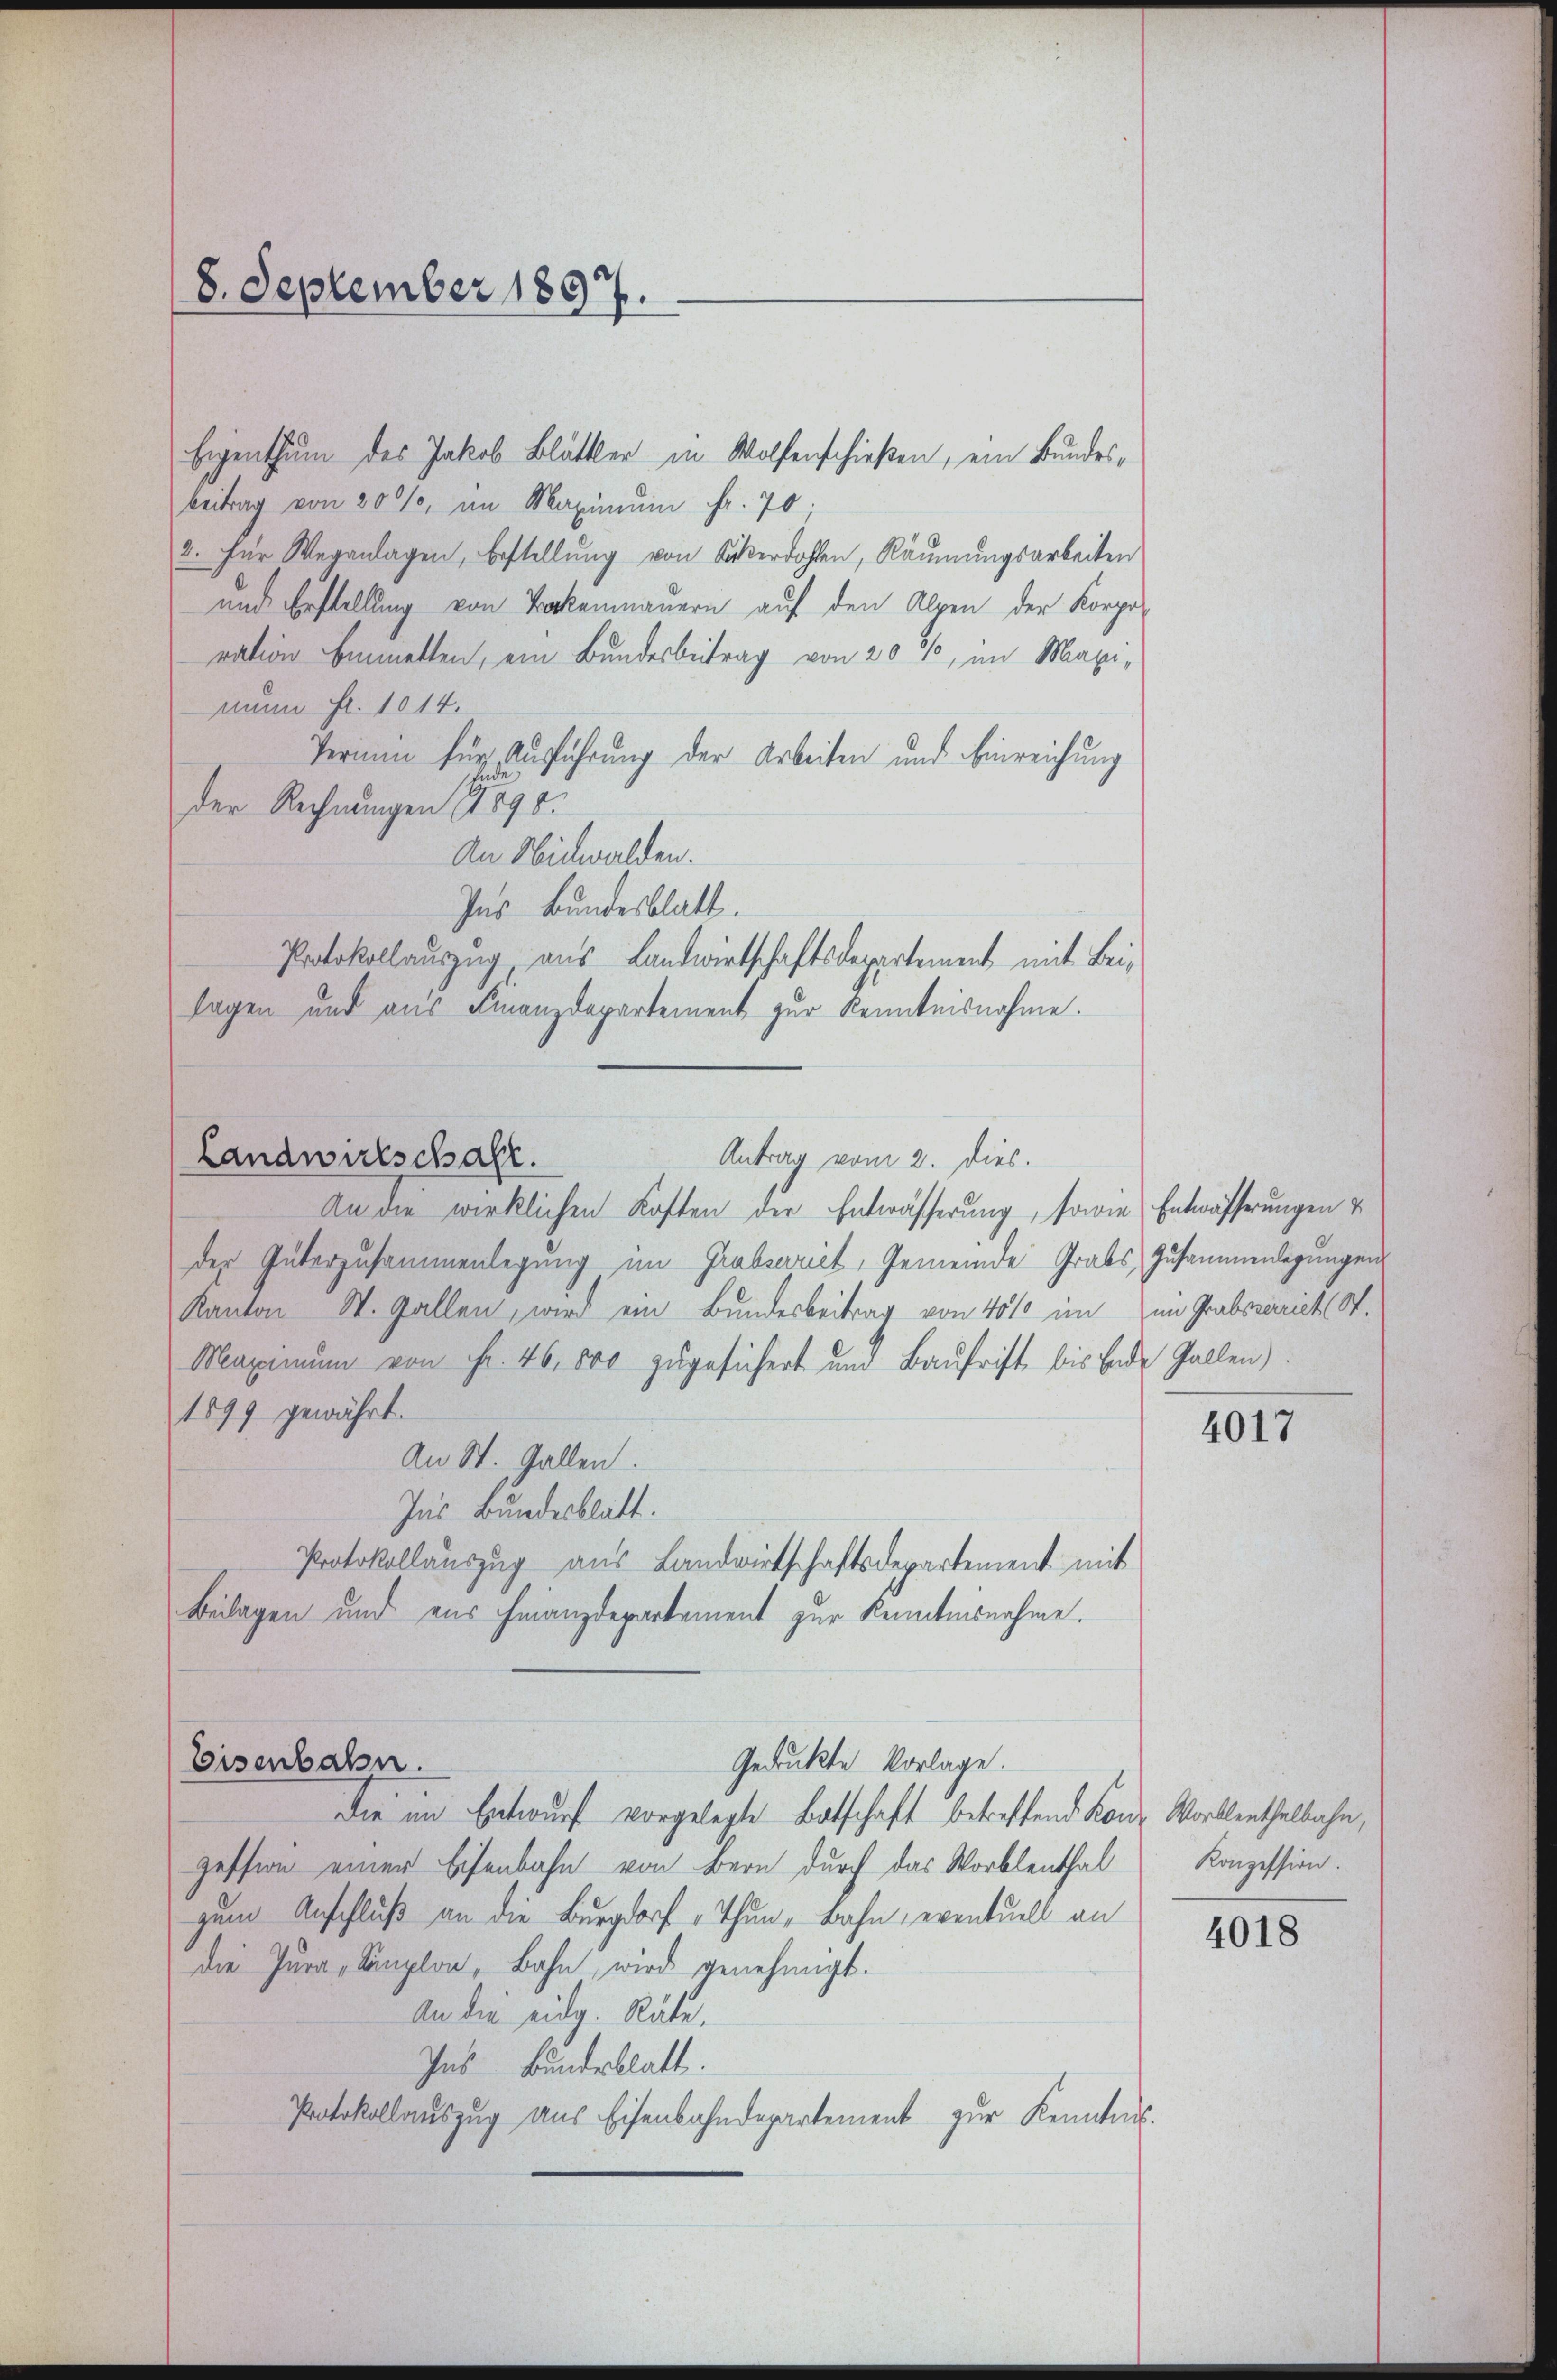
(8. September 1897.

Eigenthum des Jakob Blättler in Wolfenschießen, ein Bundesbeitrag von 20%, im Maximŭm fr. 70;
2. für Weganlagen, bestellung von Ackerdohlen, Räumungsarbeiten
und Erstellung von Backenmauern auf den Alpen der Korpo-
ration Emmetten, ein Bundesbeitrag von 20 %, im Maxinum Fr. 1014.
Termin für Aufführung der Arbeiten und Einreichung
der Rechnungen 1898.
An Nidwalden.
Ins Bundesblatt.
Protokollauszug aus Landwirtschaftsdepartement mit Beilagen und aus Finanzdepartement zur Kenntnisnahme.
An die wirklichen Kosten der Entwässerung, sowie Entwässerungen &
der Güterzusammenlegung im Grabserriet, Gemeinde Grabs, Zusammenlegungen
Kanton W. Gallen, wird ein Bundesbeitrag von 40% im im Grabszarich St.
Maximum von Fr. 46, 800 zugesichert und Baufrist bis Ende Gallen)
1899 gewährt.
An St. Gallen.
Ins Bundesblatt.
Protokollauszug aus Landwirtschaftsdepartement mit
Beilagen und aus Finanzdepartement zur Kenntnisnahme.
Eisenbahn.
Gedruckte Vorlage.
Die im Entwurf vorgelegte Botschaft betreffend Konz Wortlenthalbahn,
zession einer Eisenbahn von Bern durch das Worblenthal
zum Anschluß an die Burgdorf „Thun, Bahn, eventuell an
die Jura, Sanplon, Bahn wird genehmigt.
An die eidg. Räte,
Ins Bundesblatt.
Protokollauszug aus Eisenbahndepartement zŭr Kenntnis-

Landwirtschaft.
Antrag vom 2. dies.

4017

Konzession.

4018